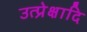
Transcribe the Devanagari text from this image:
उत्प्रेक्षादि